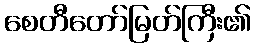
စေတီတော်မြတ်ကြီး၏